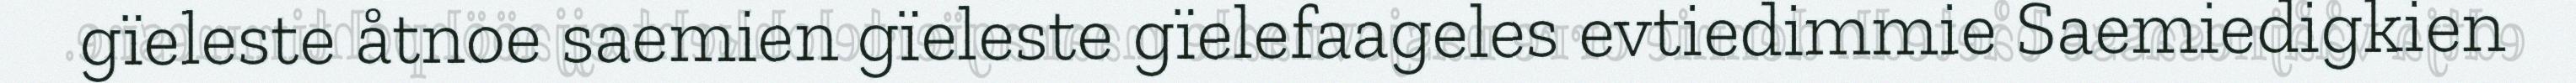
gïeleste åtnoe saemien gïeleste gïelefaageles evtiedimmie Saemiedigkien